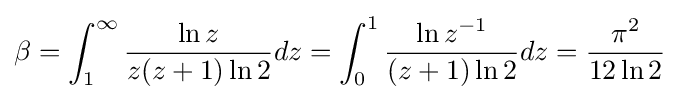
\beta =\int _{1}^{\infty }{\frac {\ln z}{z(z+1)\ln 2}}dz=\int _{0}^{1}{\frac {\ln z^{-1}}{(z+1)\ln 2}}dz={\frac {\pi ^{2}}{12\ln 2}}